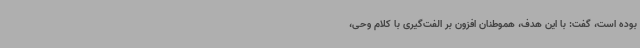
بوده است، گفت: با این هدف، هموطنان افزون بر الفت‌گیری با کلام وحی،